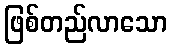
ဖြစ်တည်လာသော